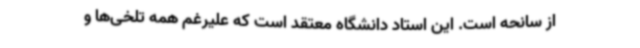
از سانحه است. این استاد دانشگاه معتقد است که علیرغم همه تلخی‌ها و